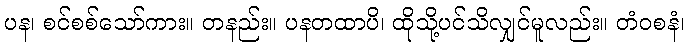
ပန၊ စင်စစ်သော်ကား။ တနည်း။ ပနတထာပိ၊ ထိုသို့ပင်သိလျှင်မူလည်း။ တံဝစနံ၊